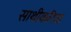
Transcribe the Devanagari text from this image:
साथीकरिता